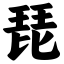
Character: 琵